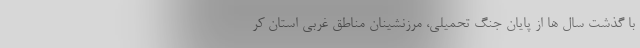
با گذشت سال ها از پایان جنگ تحمیلی، مرزنشینان مناطق غربی استان کر